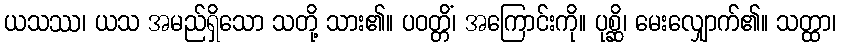
ယသဿ၊ ယသ အမည်ရှိသော သတို့ သား၏။ ပဝတ္တိံ၊ အကြောင်းကို။ ပုစ္ဆိ၊ မေးလျှောက်၏။ သတ္ထာ၊